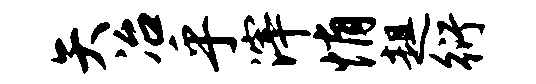
矢冶乎滓悄趄衍